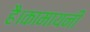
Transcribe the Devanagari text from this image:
है।कामायनी